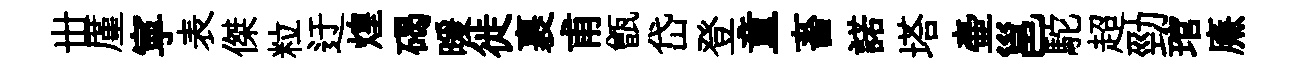
丗厪寕表傑粒迂煌碣暖徙裹甫甑岱登童畜諾塔壷邕駝超勁琯㢘